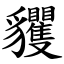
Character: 貜